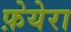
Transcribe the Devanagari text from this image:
फ़ेयेरा